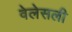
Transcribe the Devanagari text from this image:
वेलेसली